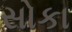
સોકા